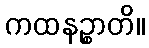
ကထနဉ္စာတိ။